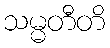
သမ္မတီတိ